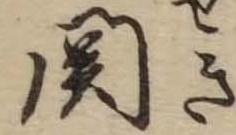
関